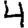
Digit: 4